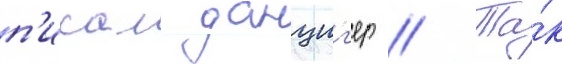
п'исал данциг'ер // Та́к